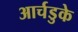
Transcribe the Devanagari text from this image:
आर्चडुके